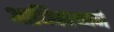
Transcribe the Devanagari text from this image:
आधिकार्‍याने